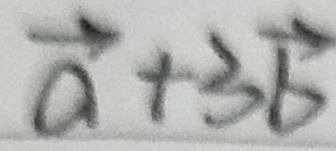
a + 3 b